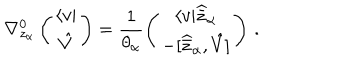
\nabla _ { z _ { \alpha } } ^ { 0 } \left( \begin{array} { c } { { \langle v | } } \\ { { \hat { V } } } \\ \end{array} \right) = \frac { 1 } { \theta _ { \alpha } } \left( \begin{array} { c } { { \langle v | \widehat { \bar { z } } _ { \alpha } } } \\ { { - \lbrack \widehat { \bar { z } } _ { \alpha } , \hat { V } \rbrack } } \\ \end{array} \right) \, .